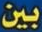
بين